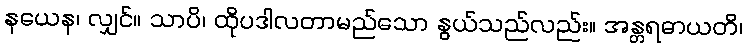
နယေန၊ လျှင်။ သာပိ၊ ထိုပဒါလတာမည်သော နွယ်သည်လည်း။ အန္တရဓာယတိ၊